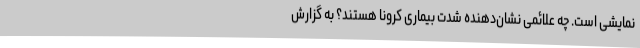
نمایشی است. چه علائمی نشان‌دهنده شدت بیماری کرونا هستند؟ به گزارش